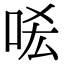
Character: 㖁